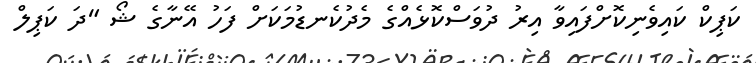
ކަޕިކް ކައިވެނިކޮށްފައިވާ އިރު ދުވަސްކޮޅެއްގެ މެދުކެނޑުމަކަށް ފަހު އޭނާގެ ޝޯ "ދަ ކަޕިލް